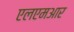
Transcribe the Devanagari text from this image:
एलएमआर